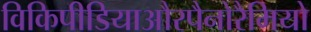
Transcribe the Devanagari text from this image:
विकिपीडियाऔरपैनोरैमियो